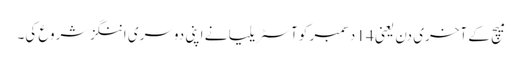
میچ کے آخری دن یعنی 14 دسمبر کو آسٹریلیا نے اپنی دوسری اننگز شروع کی۔